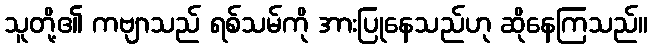
သူတို့၏ ကဗျာသည် ရစ်သမ်ကို အားပြုနေသည်ဟု ဆိုနေကြသည်။